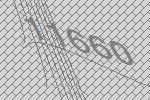
11660